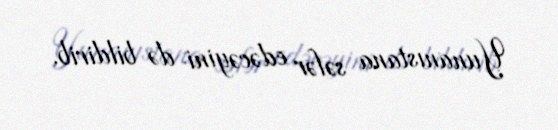
Yunanıstana səfər edəcəyini də bildirib.